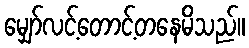
မျှော်လင့်တောင့်တနေမိသည်။